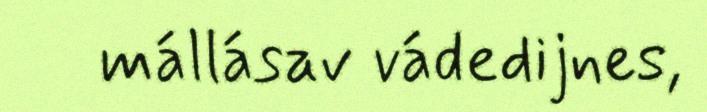
mállásav vádedijnes,